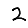
Digit: 2